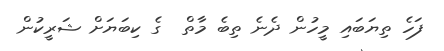
ފަހެ ތިޔަބައި މީހުން ދެނެ ތިބެ މާތް  ގެ ކިބަޔަށް ޝަރީކުން